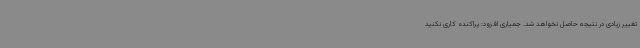
تغییر زیادی در نتیجه حاصل نخواهد شد. جمیاری افزود: پراکنده کاری نکنید